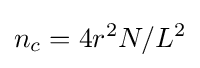
n_{c}=4r^{2}N/L^{2}